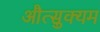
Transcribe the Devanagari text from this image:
औत्सुक्यम